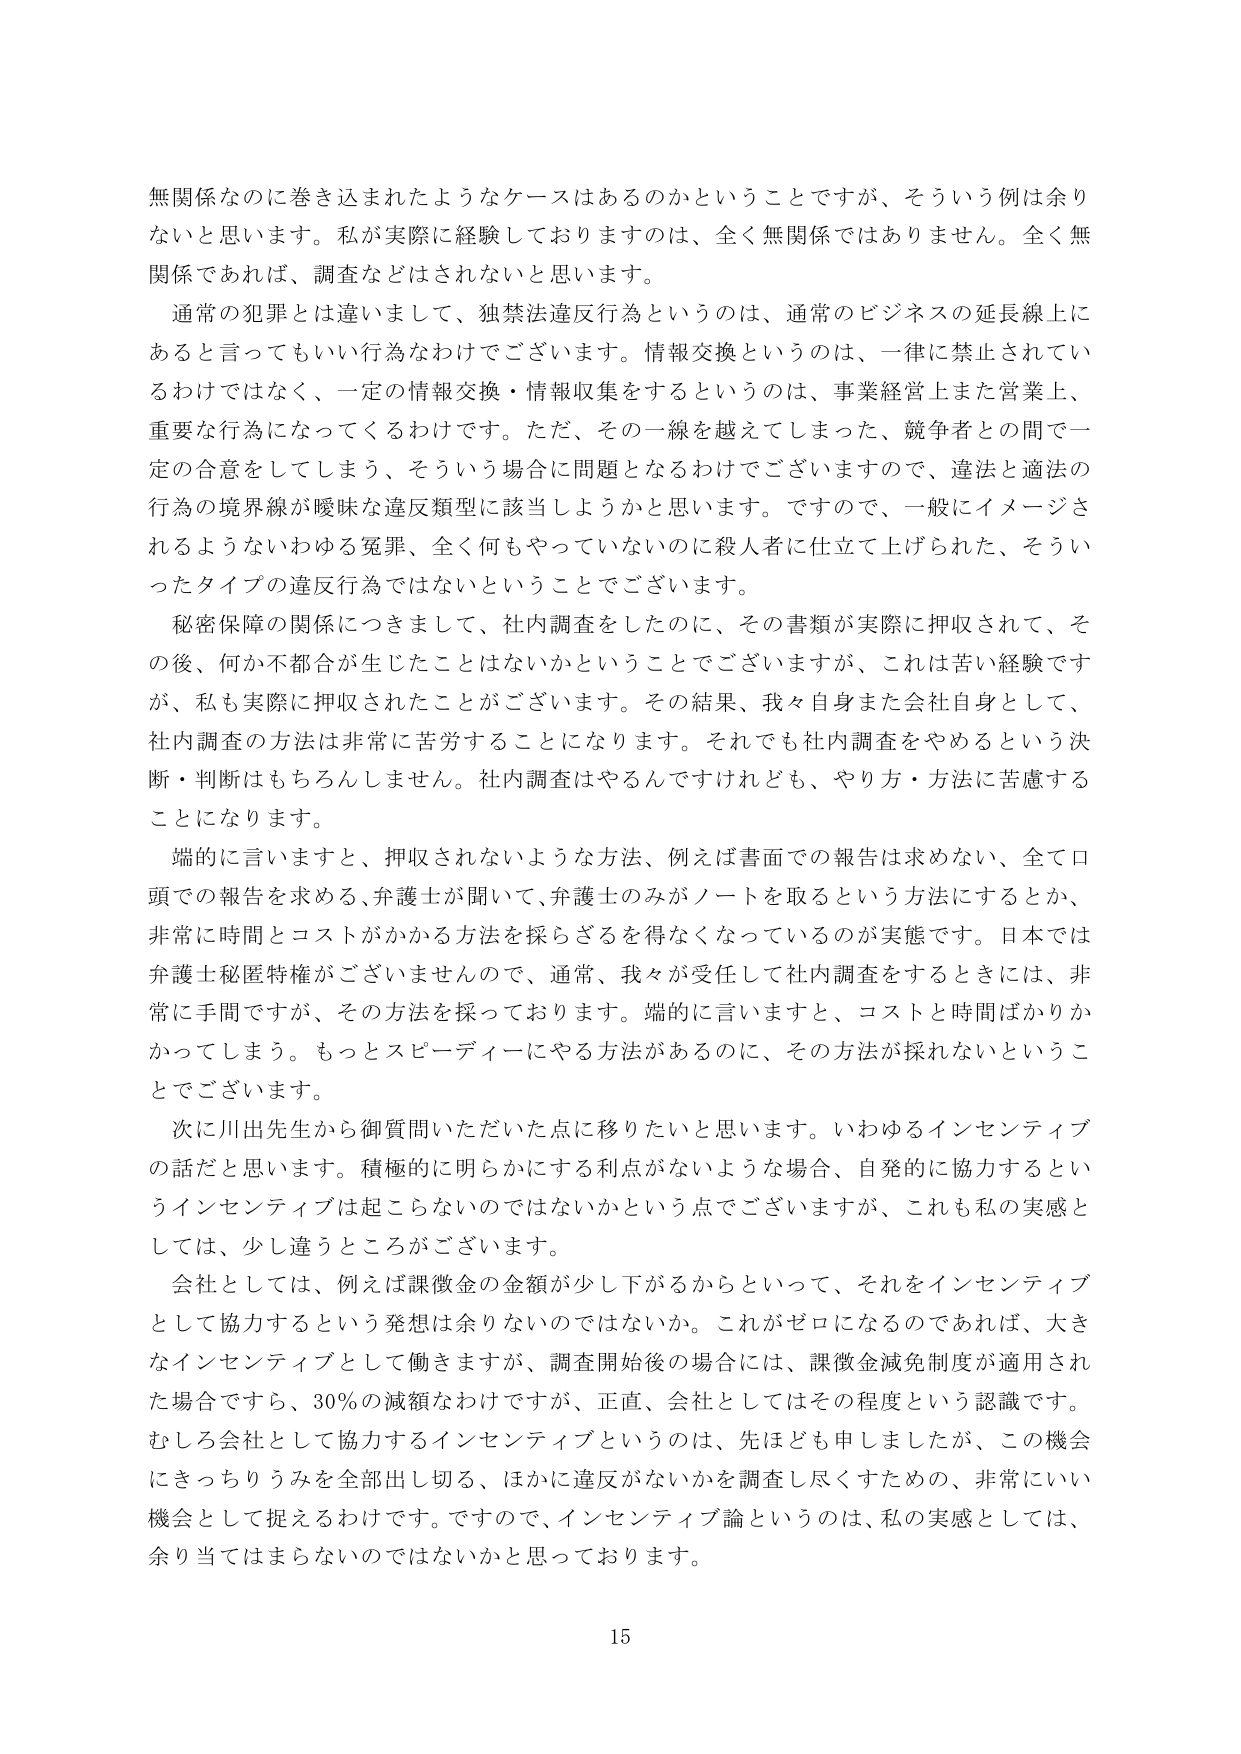
無関係なのに巻き込まれたようなケースはあるのかということですが、そういう例は余りないと思います。私が実際に経験しておりますのは、全く無関係ではありません。全く無関係であれば、調査などはされないと思います。

通常の犯罪とは違いまして、独禁法違反行為というのは、通常のビジネスの延長線上にあると言ってもいい行為なわけでございます。情報交換というのは、一律に禁止されているわけではなく、一定の情報交換・情報収集をするというのは、事業経営上また営業上、重要な行為になってくるわけです。ただ、その一線を越えてしまった、競争者との間で一定の合意をしてしまう、そういう場合に問題となるわけでございますので、違法と適法の行為の境界線が曖昧な違反類型に該当しようかと思います。ですので、一般にイメージされるようなわゆる冤罪、全く何もやっていないのに殺人者に仕立て上げられた、そういったタイプの違反行為ではないということでございます。

秘密保障の関係につきまして、社内調査をしたのに、その書類が実際に押収されて、その後、何か不都合が生じたことはないかということでございますが、これは苦い経験ですが、私も実際に押収されたことがございます。その結果、我々自身また会社自身として、社内調査の方法は非常に苦労することになります。それでも社内調査をやめるという決断・判断はもちろろしません。社内調査はやるんですけれども、やり方・方法に苦慮することになります。

端的に言いますと、押収されないような方法、例えば書面での報告は求めない、全て口頭での報告を求める、弁護士が聞いて、弁護士のみがノートを取るという方法にするとか、非常に時間とコストがかかる方法を採らざるを得なくなっているのが実態です。日本では弁護士秘匿特権がございませんので、通常、我々が受任して社内調査をするときには、非常に手間ですが、その方法を採っております。端的に言いますと、コストと時間ばかりかかってしまう。もっとスピーディーにやる方法があるのに、その方法が採れないということでございます。

次に川出先生から御質問いただいた点に移りたいと思います。いわゆるインセンティブの話だと思います。積極的に明らかにする利点がないような場合、自発的に協力するというインセンティブは起こらないのではないかという点でございますが、これも私の実感としては、少し違うところがございます。

会社としては、例えば課徴金の金額が少し下がるからといって、それをインセンティブとして協力するという発想は余りないのではないか。これがゼロになるのであれば、大きなインセンティブとして働きますが、調査開始後の場合には、課徴金減免制度が適用された場合ですら、30％の減額なわけですが、正直、会社としてはその程度という認識です。むしろ会社として協力するインセンティブというのは、先ほども申しましたが、この機会にきっちりうみを全部出し切る、ほかに違反がないかを調査し尽くすための、非常にいい機会として捉えるわけです。ですので、インセンティブ論というのは、私の実感としては、余り当てはまらないのではないかと思っております。

15